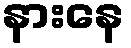
နားနေ